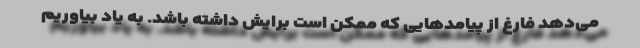
می‌دهد فارغ از پیامدهایی که ممکن است برایش داشته باشد. به یاد بیاوریم